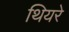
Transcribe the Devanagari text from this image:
थियरे